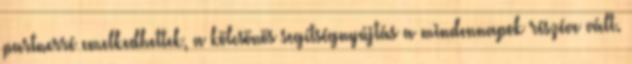
partnerré emelkedhettek, a kölcsönös segítségnyújtás a mindennapok részéve vált.